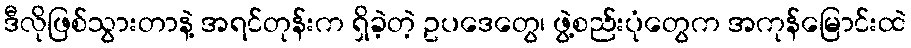
ဒီလိုဖြစ်သွားတာနဲ့ အရင်တုန်းက ရှိခဲ့တဲ့ ဥပဒေတွေ၊ ဖွဲ့စည်းပုံတွေက အကုန်မြောင်းထဲ